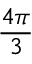
\frac { 4 \pi } { 3 }